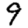
Digit: 9